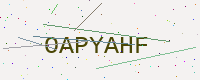
Text: OAPYAHF